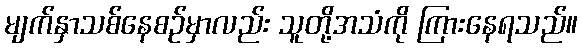
မျက်နှာသစ်နေစဉ်မှာလည်း သူတို့အသံကို ကြားနေရသည်။